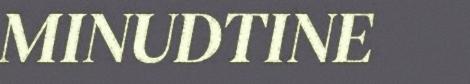
MINUDTINE